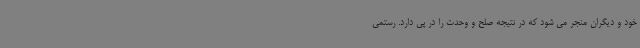
خود و دیگران منجر می شود که در نتیجه صلح و وحدت را در پی دارد. رستمی